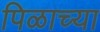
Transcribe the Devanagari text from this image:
पिळाच्या